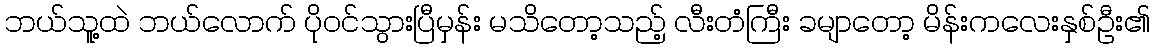
ဘယ်သူ့ထဲ ဘယ်လောက် ပိုဝင်သွားပြီမှန်း မသိတော့သည့် လီးတံကြီး ခမျာတော့ မိန်းကလေးနှစ်ဦး၏